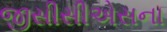
જીસીસીએસના